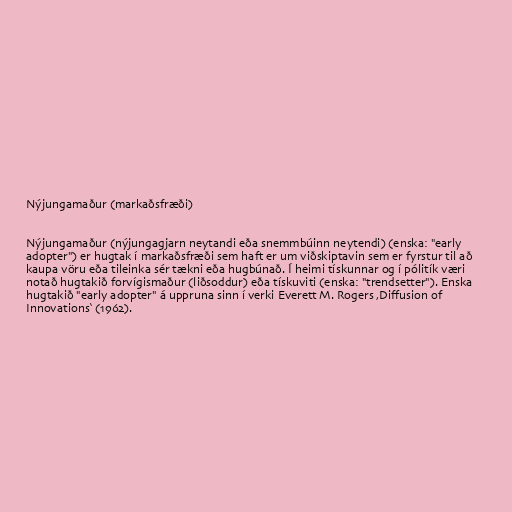
Nýjungamaður (markaðsfræði)

Nýjungamaður (nýjungagjarn neytandi eða snemmbúinn neytendi) (enska: "early
adopter") er hugtak í markaðsfræði sem haft er um viðskiptavin sem er fyrstur til að
kaupa vöru eða tileinka sér tækni eða hugbúnað. Í heimi tískunnar og í pólitík væri
notað hugtakið forvígismaður (liðsoddur) eða tískuviti (enska: "trendsetter"). Enska
hugtakið "early adopter" á uppruna sinn í verki Everett M. Rogers ‚Diffusion of
Innovations‘ (1962).